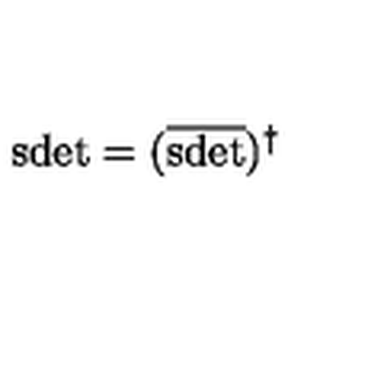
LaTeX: \mathrm { s d e t } = ( \overline { { \mathrm { s d e t } } } ) ^ { \dagger }